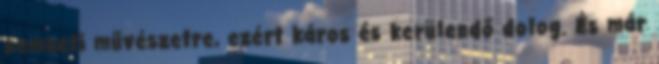
nemzeti művészetre, ezért káros és kerülendő dolog. És már